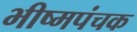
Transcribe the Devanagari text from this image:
भीष्मपंचक